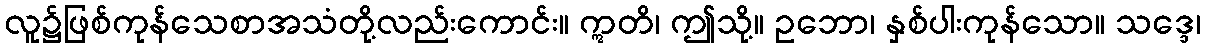
လူ၌ဖြစ်ကုန်သေစာအသံတို့လည်းကောင်း။ ဣတိ၊ ဤသို့။ ဥဘော၊ နှစ်ပါးကုန်သော။ သဒ္ဒေ၊